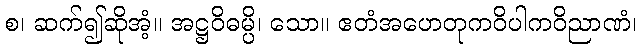
စ၊ ဆက်၍ဆိုအံ့။ အဋ္ဌဝိဓမ္ပိ၊ သော။ ဧတံအဟေတုကဝိပါကဝိညာဏံ၊